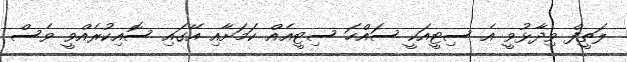
ލަތީފް ވިދާޅުވީ އެ ސިޓީއަކީ ސައްހަ ސިޓީއެއް ކަމަށާއި އޭގައި ސޮއިކުރެއްވީ ވެސް